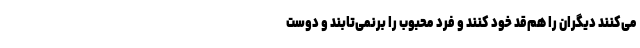
می‌کنند دیگران را هم‌قد خود کنند و فرد محبوب را برنمی‌تابند و دوست